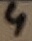
Text: 4